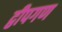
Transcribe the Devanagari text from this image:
द्वीपगण